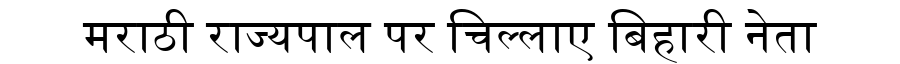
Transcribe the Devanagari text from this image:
मराठी राज्यपाल पर चिल्लाए बिहारी नेता